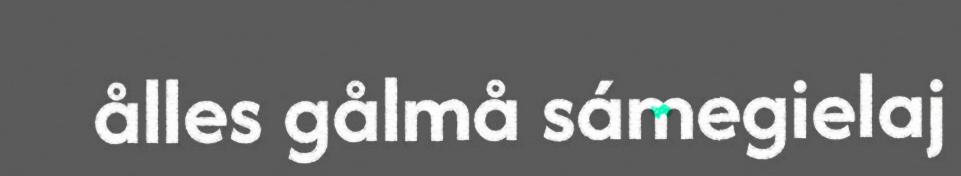
ålles gålmå sámegielaj